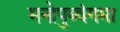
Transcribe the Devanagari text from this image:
मनोपुब्बंगमा